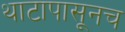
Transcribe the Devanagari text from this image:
थाटापासूनच